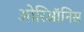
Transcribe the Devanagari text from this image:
ओरिऑनिस